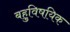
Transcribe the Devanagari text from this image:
बहुविषयिक